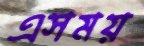
এসময়